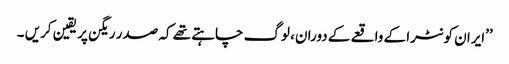
’’ایران کونٹرا کے واقعے کے دوران، لوگ چاہتے تھے کہ صدر ریگن پر یقین کریں ۔